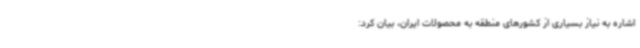
اشاره به نیاز بسیاری از کشورهای منطقه به محصولات ایران، بیان کرد: